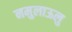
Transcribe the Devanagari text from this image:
नमुलाऊलु